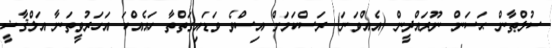
ސުލްޠާން ޙަސަން ނޫރައްދީން (އެއްވަނަ) ރަސްކަމަށް އިސްވެ ވަޑައިގަތްތާ ހައެއްކަ އަހަރުވީތަނާ އަލްޤާޟީ